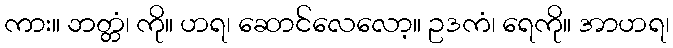
ကား။ ဘတ္တံ၊ ကို။ ဟရ၊ ဆောင်လေလော့။ ဥဒကံ၊ ရေကို။ အာဟရ၊